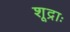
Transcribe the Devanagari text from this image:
शूद्राः